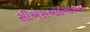
સીએસઆઇઆરઓ